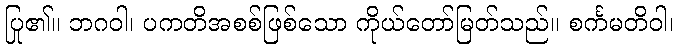
ပြု၏။ ဘဂဝါ၊ ပကတိအစစ်ဖြစ်သော ကိုယ်တော်မြတ်သည်။ စင်္ကမတိဝါ၊